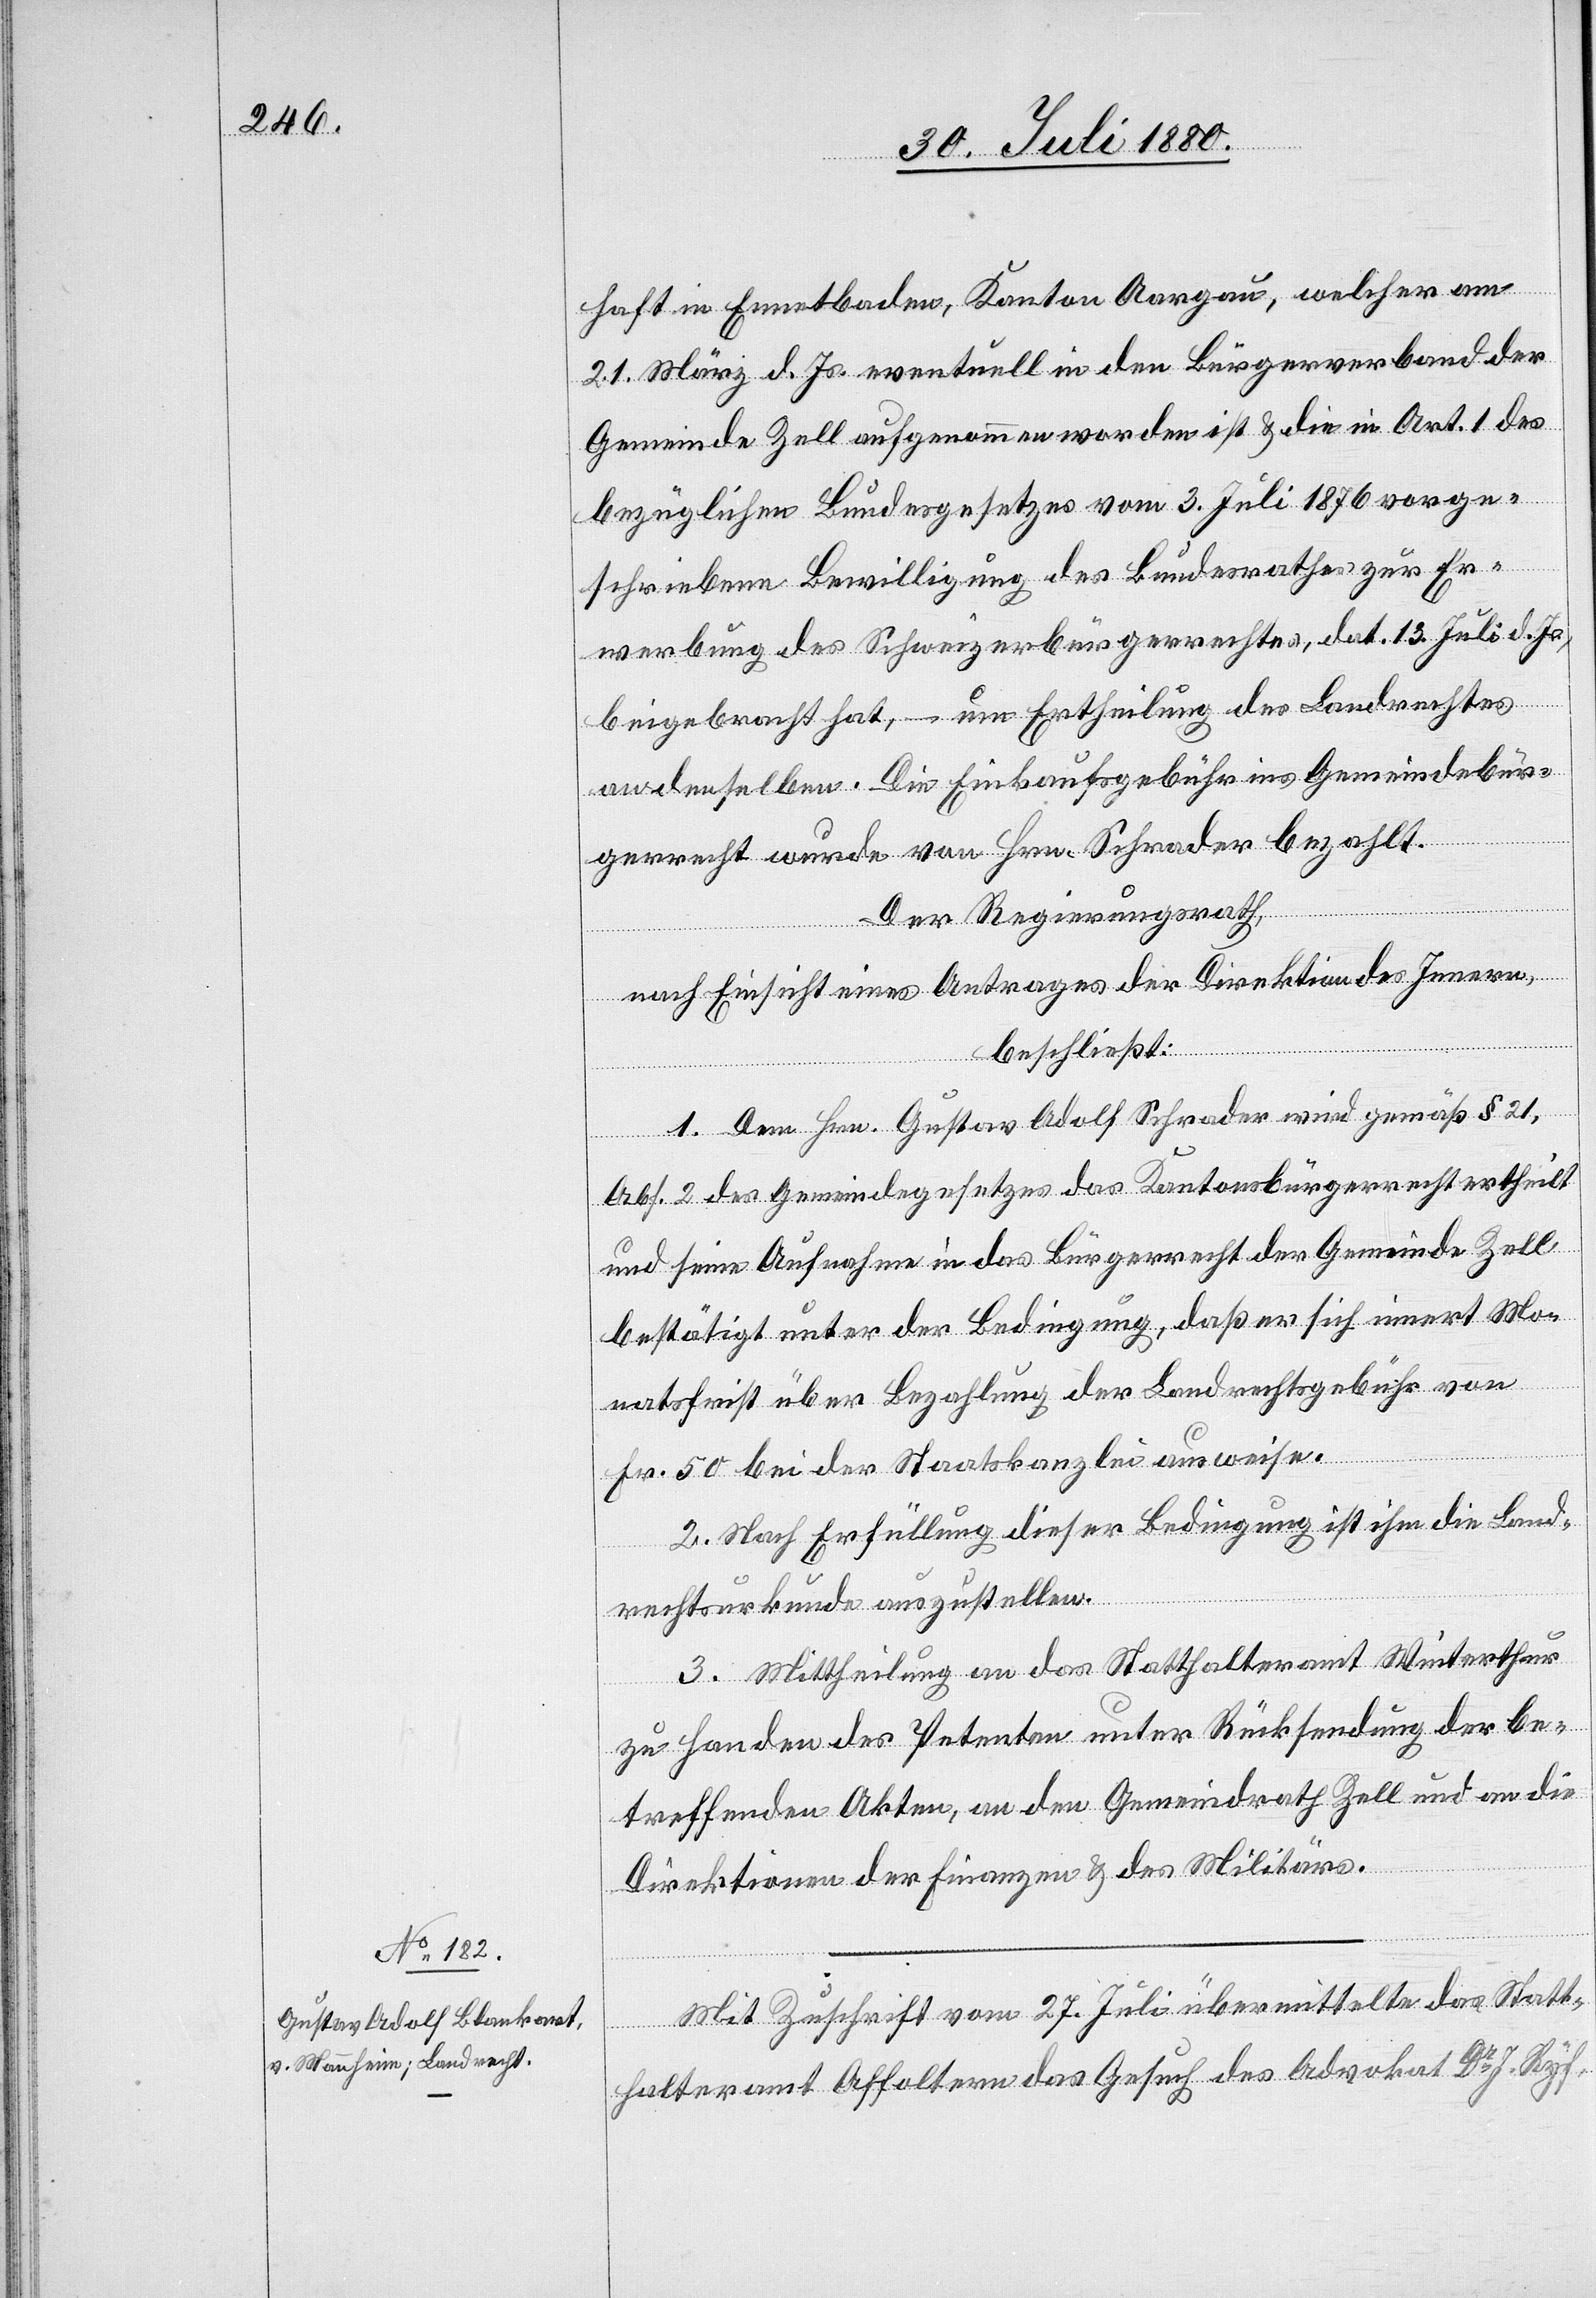
haft in Ennetbaden, Kanton Aargau, welcher am
21. März d. Js. eventuell in den Bürgerverband der
Gemeinde Zell aufgenommen worden ist & die in Art. 1 des
bezüglichen Bundesgesetzes vom 3. Juli 1876 vorge¬
schriebenen Bewilligung des Bundesrathes zur Er¬
werbung des Schweizerbürgerrechtes, dat. 13. Juli d. Js.,
beigebracht hat, – um Ertheilung des Landrechtes
an denselben. Die Einkaufsgebühr ins Gemeindebür¬
gerrecht wurde von Hrn. Schwader bezahlt.
Der Regierungsrath,
nach Einsicht eines Antrages der Direktion des Innern
beschließt:
1. Dem Hrn. Gustav Adolf Schwader wird gemäß § 21,
Abs. 2 des Gemeindegesetzes das Kantonsbürgerrecht ertheilt
und seine Aufnahme in das Bürgerrecht der Gemeinde Zell
bestätigt unter der Bedingung, daß er sich innert Mo¬
natsfrist über Bezahlung der Landrechtsgebühr von
Fr. 50 bei der Staatskanzlei ausweise.
2. Nach Erfüllung dieser Bedingung ist ihm die Land¬
rechtsurkunde auszustellen.
3. Mittheilung an das Statthalteramt Winterthur
zu Handen des Petenten unter Rücksendung der be¬
treffenden Akten, an den Gemeindrath Zell und an die
Direktionen der Finanzen und des Militärs.
Mit Zuschrift vom 27. Juli übermittelte das Statt¬
halteramt Affoltern das Gesuch des Advokat Dr J. Ryf,